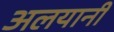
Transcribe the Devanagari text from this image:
अलयानी